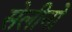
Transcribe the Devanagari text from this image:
सेलीनो